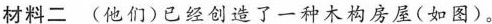
材料二 (他们)已经创造了一种木构房屋(如图)。